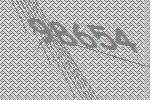
98654